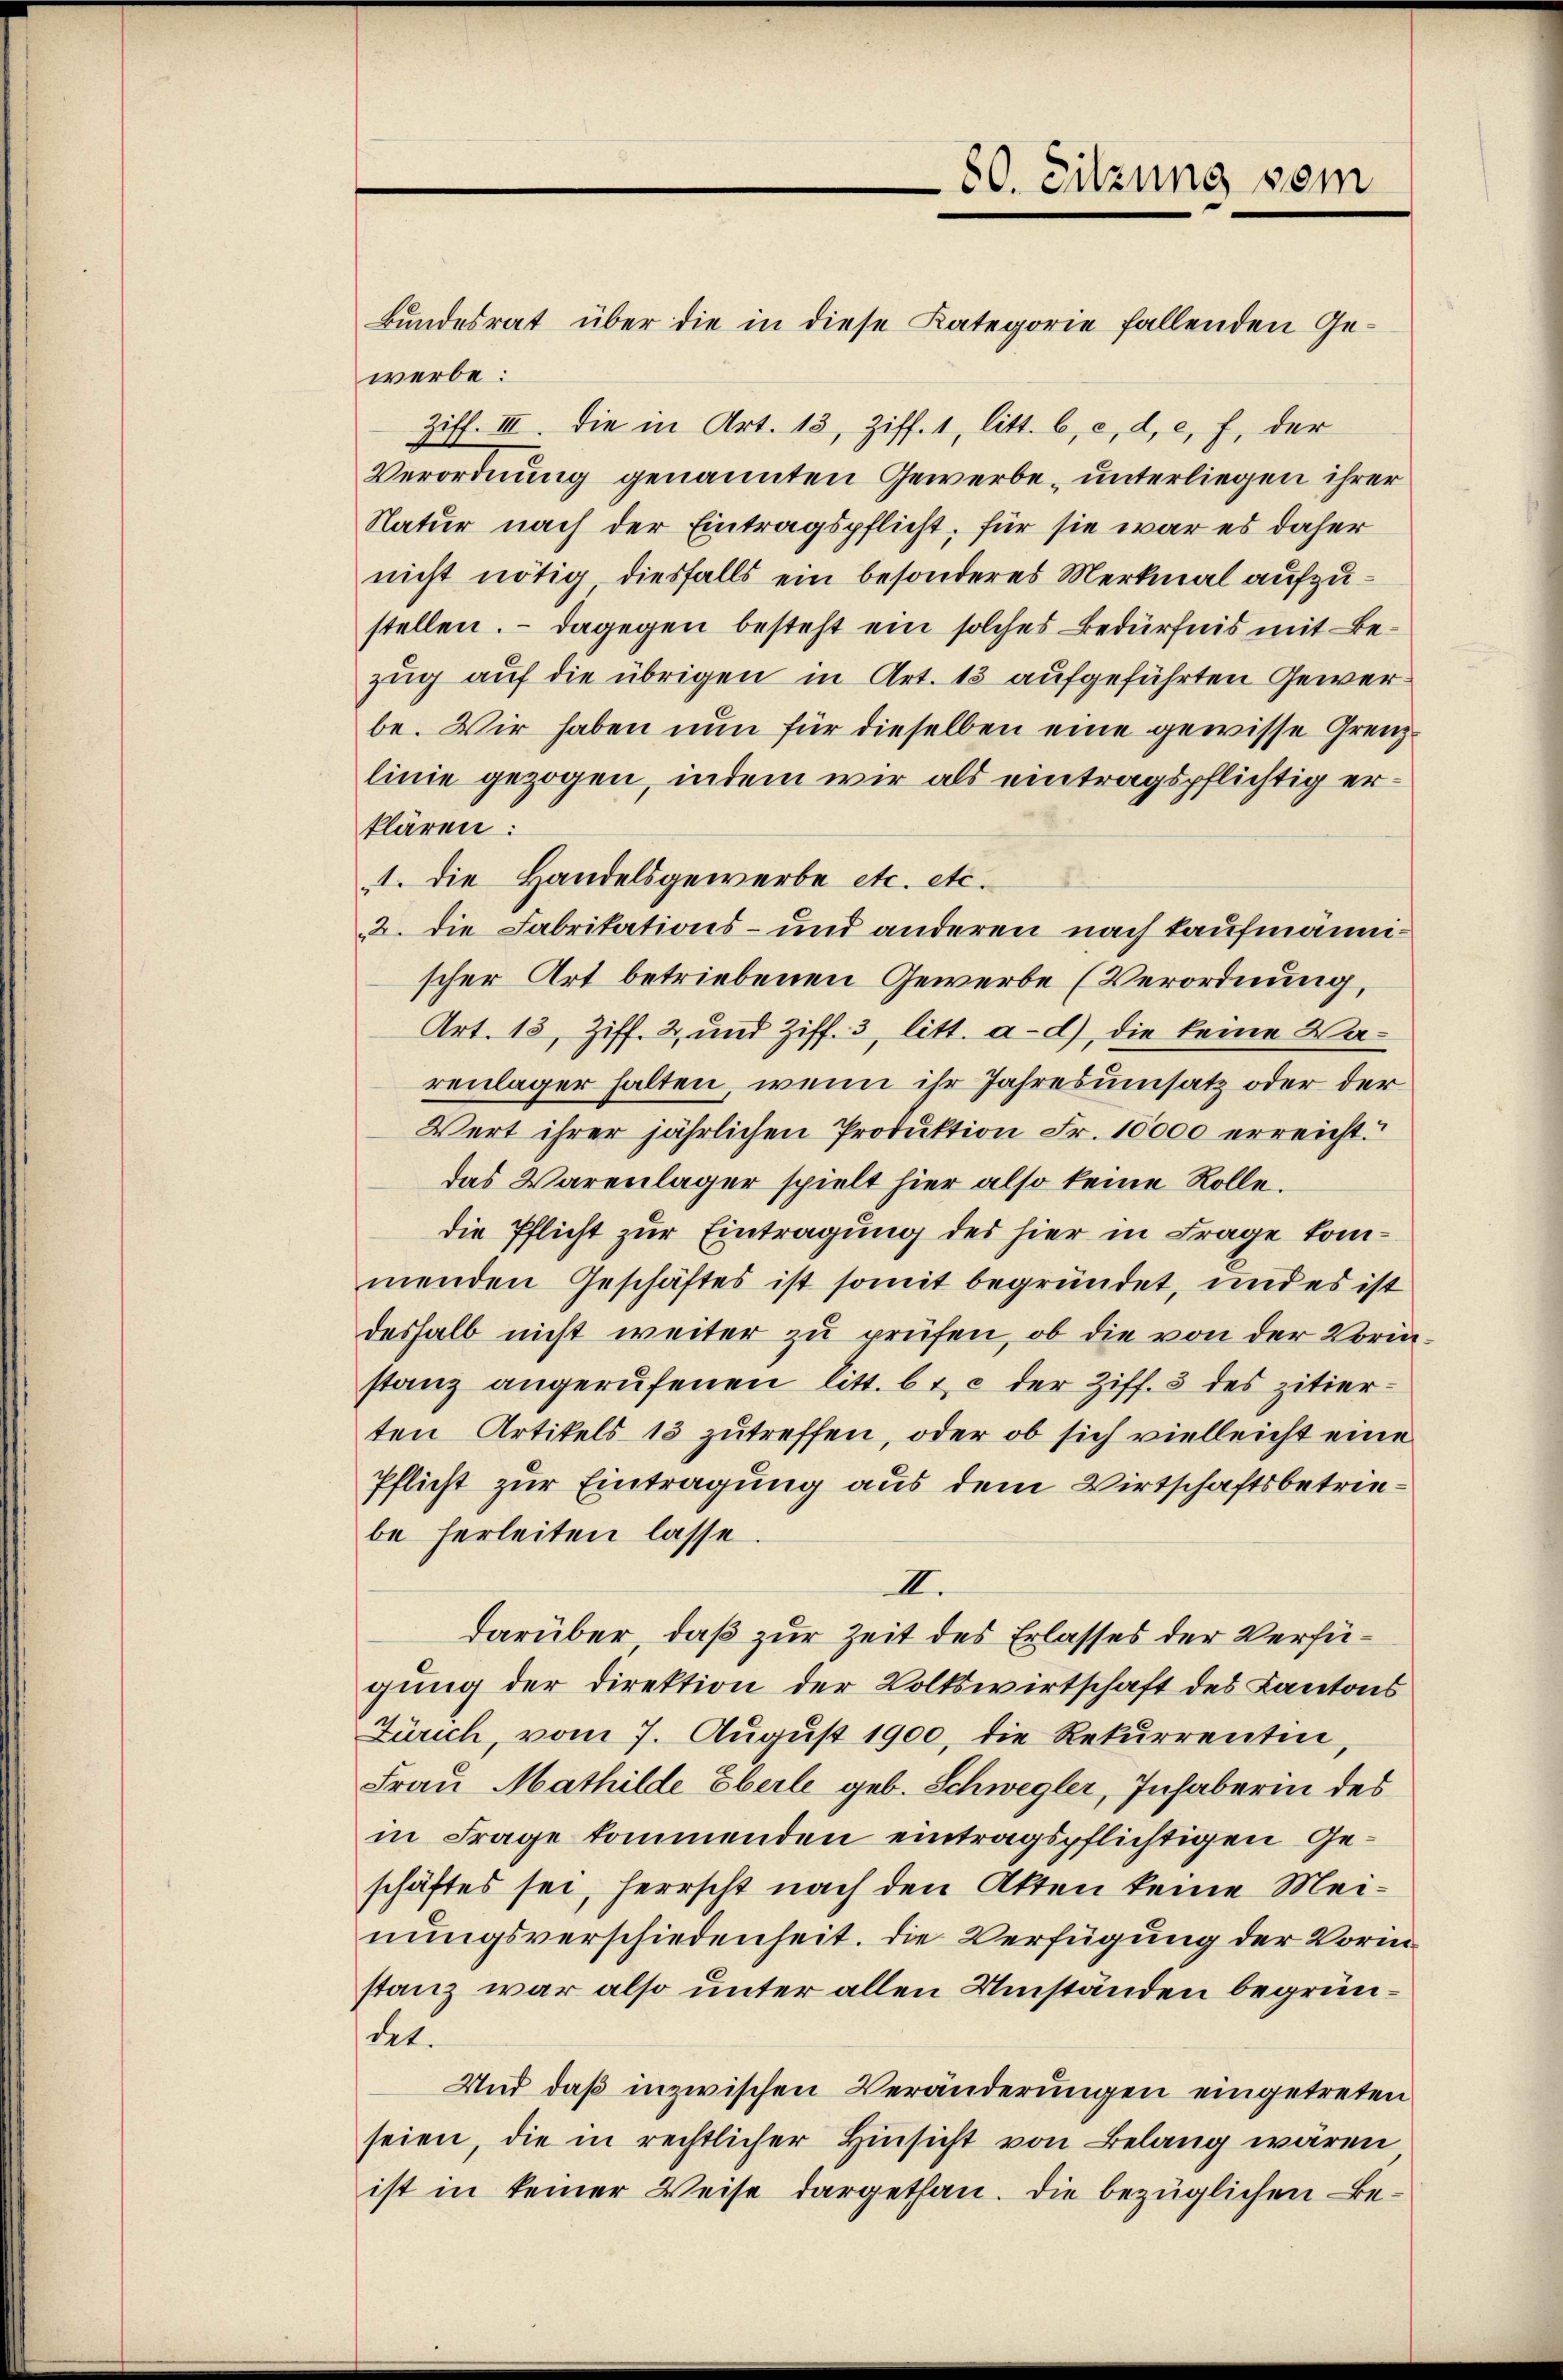
Bundesrat über die in diese Kategorie fallenden Gewerbe:
Ziff. III. Die in Art. 13, Ziff. 1, litt. b, c, d. c. f. der
Verordnung genannten Gewerbe unterliegen ihrer
Natur nach der Eintragspflicht, für sie war es daher
nicht nötig diesfalls ein besonderes Merkmal aufzustellen. — Dagegen besteht ein solches Bedürfnis mit Bezug auf die übrigen in Art. 13 aufgeführten Gewerbe. Wir haben nun für dieselben eine gewisse Grenzlinie gezogen, indem wir als eintragspflichtig erklären:
1. die Handelsgewerbe etc. etc.
2. die Fabrikations- und anderen nach kaufmännischer Art betriebenen Gewerbe (Verordnung,
Art. 13, Ziff. 2 und Ziff. 3 litt. a.d.), die keine Warenlager halten, wenn ihr Jahresumsatz oder der
Wert ihrer jährlichen Produktion Fr. 10000 erreicht.
das Warenlager spielt hier also keine Rolle.
die Pflicht zur Eintragung des hier in Frage kommenden Geschäftes ist somit begründet, und es ist
deshalb nicht weiter zu prüfen, ob die von der Vorin
stanz angerufenen litt. b & c der Ziff. 3 des zitierten Artikels 13 zutreffen, oder ob sich vielleicht eine
Pflicht zur Eintragung aus dem Wirtschaftsbetriebe herleiten lasse
II.
darüber, daß zur Zeit des Erlasses der Verfügung der Direktion der Volkswirtschaft des Kantons
Zürich, vom 7. August 1900, die Rekurrenten
Frau Mathilde Eberle geb. Schwegler, Inhaberin des
in Frage kommenden eintragspflichtigen Geschäftes sei, herrscht nach den Akten keine Meinungsverschiedenheit. Die Verfügung der Vorin
stanz war also unter allen Umständen begründet.
Und daß inzwischen Veränderungen eingetreten
seien, die in rechtlicher Hinsicht von Belang wären
ist in keiner Weise dargethan. Die bezüglichen Be¬

80. Sitzung sein